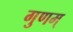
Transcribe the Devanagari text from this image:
गुणम्